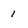
Character: 1